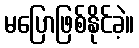
မပြောဖြစ်နိုင်ခဲ့။